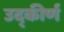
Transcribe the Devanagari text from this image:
उद्कीर्ण